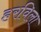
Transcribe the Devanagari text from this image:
हरविला